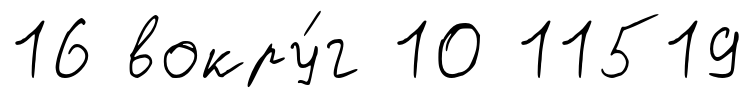
16 вокру́г 10 11519